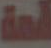
قمة